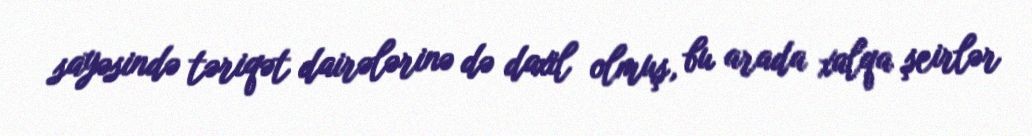
sayəsində təriqət dairələrinə də daxil olmuş, bu arada xalqa şeirlər